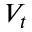
V _ { t }